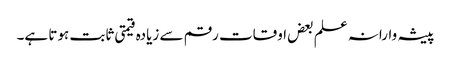
پیشہ وارانہ علم بعض اوقات رقم سے زیادہ قیمتی ثابت ہوتا ہے۔